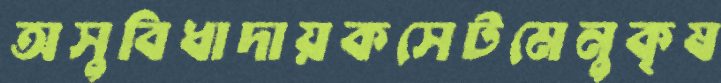
অসুবিধাদায়কসেটমেনুকৃষ